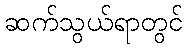
ဆက်သွယ်ရာတွင်